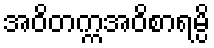
အဝိတက္ကအဝိစာရမ္ပိ